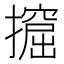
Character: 𢷈